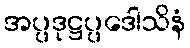
အပ္ပဒုဋ္ဌပ္ပဒေါသိနံ